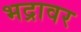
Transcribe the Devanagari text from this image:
भद्रावर